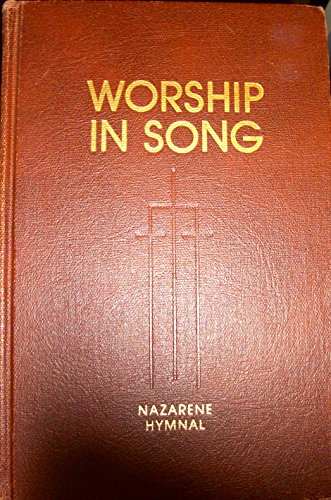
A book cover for Worship in Song Hymnal (Nazarene Hymnal); Lillenas Publishing Company; Christian Books & Bibles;